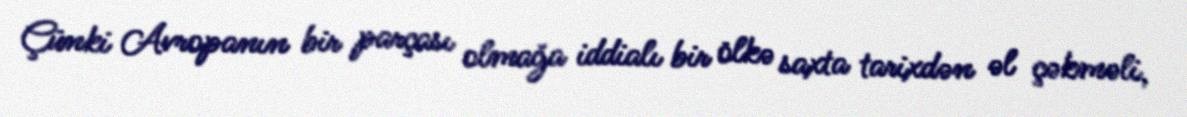
Çünki Avropanın bir parçası olmağa iddialı bir ölkə saxta tarixdən əl çəkməli,